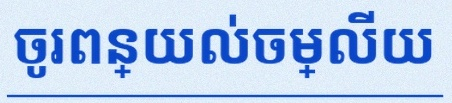
ចូរពន្យល់ចម្លើយ